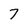
Character: 7